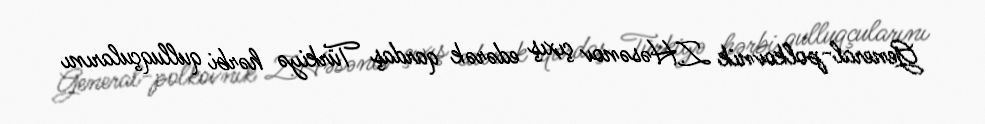
General-polkovnik Z.Həsənov çıxış edərək qardaş Türkiyə hərbi qulluqçularını